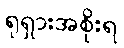
ရုရှားအစိုးရ